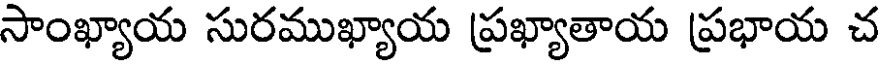
సాంఖ్యాయ సురముఖ్యాయ ప్రఖ్యాతాయ ప్రభాయ చ